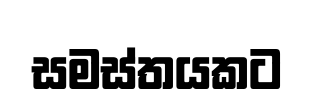
සමස්තයකට